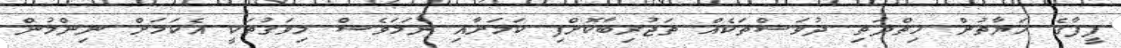
ފީފާގެ ހަޔާތުން ހިތްދަތި ދުވަސްތަކެއް ތަޖުރިބާކޮށްފި ކަމަށާއި ނަމަވެސް މިވަގުތަކީ އެކަމަށް ނިންމުން